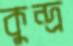
কুন্দ্র